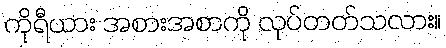
ကိုရီယား အစားအစာကို လုပ်တတ်သလား။